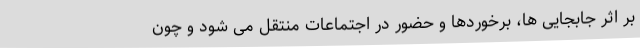
بر اثر جابجایی ها، برخوردها و حضور در اجتماعات منتقل می شود و چون